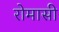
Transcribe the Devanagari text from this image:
रोमासी